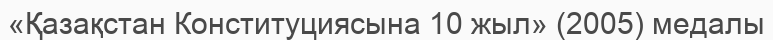
«Қазақстан Конституциясына 10 жыл» (2005) медалы